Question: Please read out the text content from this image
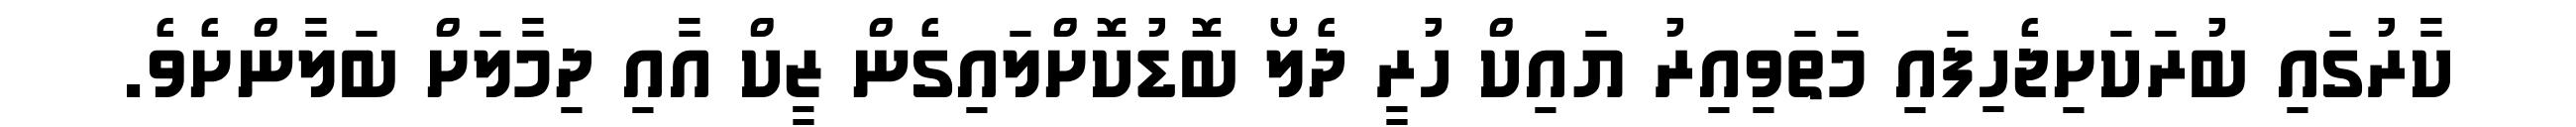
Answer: ކާރުގައި ބުރަކަށިޖެހިފައި މަތަވިއިރު ޔައިކް ހުރީ ދެލޯ ބޮޑުކޮށްލައިގެން ޒީކް އާއި ދިމާލަށް ބަލާންށެވެ.